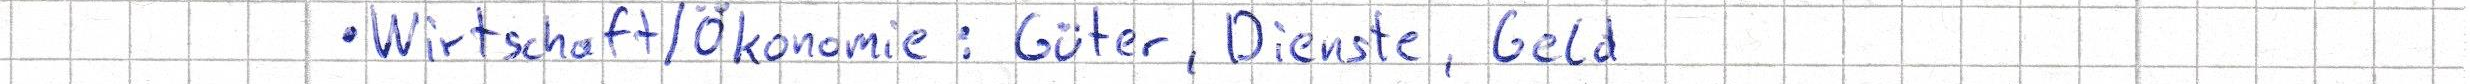
Wirtschaft/Ökonomie: Güter, Dienste, Geld